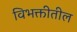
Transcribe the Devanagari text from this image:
विभक्तीतील